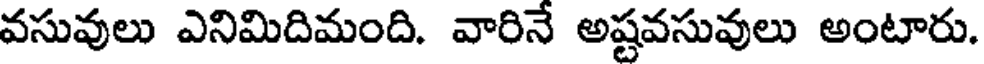
వసువులు ఎనిమిదిమంది. వారినే అష్టవసువులు అంటారు.